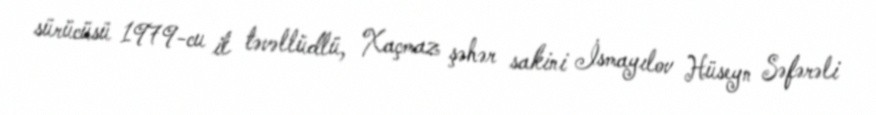
sürücüsü 1979-cu il təvəllüdlü, Xaçmaz şəhər sakini İsmayılov Hüseyn Səfərəli